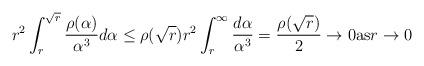
LaTeX: \begin{align*}r^2 \int_{r}^{\sqrt{r}} \frac{\rho(\alpha)}{\alpha^3} d\alpha \leq \rho(\sqrt{r}) r^2 \int_{r}^{\infty} \frac{d\alpha}{\alpha^3} = \frac{\rho(\sqrt{r})}{2} \to 0\mbox{as} r\to 0\end{align*}